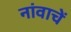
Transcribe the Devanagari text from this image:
नांवाचें